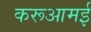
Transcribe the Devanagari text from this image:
करूआमई